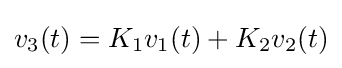
v_{3}(t)=K_{1}v_{1}(t)+K_{2}v_{2}(t)